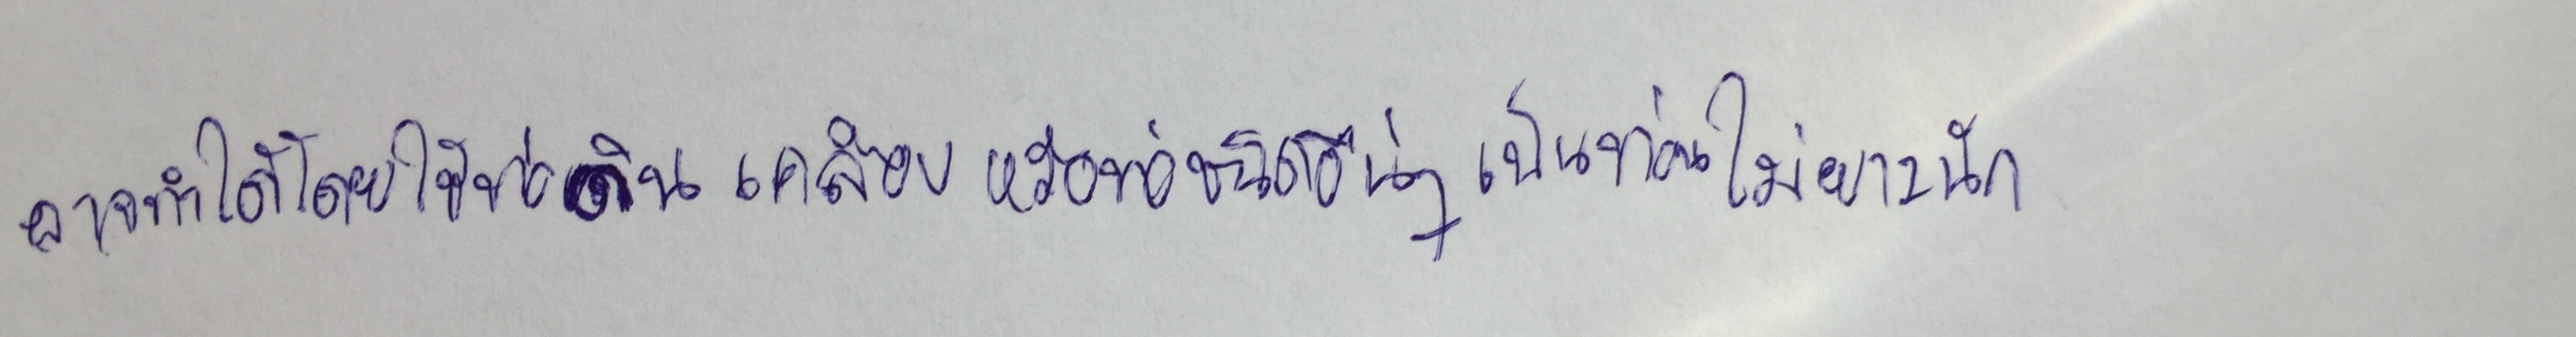
อาจทำได้โดยใช้ท่อดินเคลือบหรือท่อชนิดอื่นๆเป็นท่อนไม่ยาวนัก